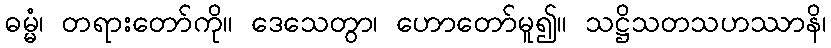
ဓမ္မံ၊ တရားတော်ကို။ ဒေသေတွာ၊ ဟောတော်မူ၍။ သဋ္ဌိသတသဟဿာနိ၊